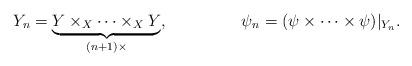
LaTeX: \begin{align*}Y_n &= \underbrace{Y \times_X \dots \times_X Y}_{(n+1) \times},&\psi_n &= (\psi \times \dots \times \psi)|_{Y_n}.\end{align*}